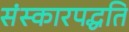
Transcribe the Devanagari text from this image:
संस्कारपद्धति